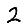
Digit: 2